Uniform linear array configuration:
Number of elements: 32
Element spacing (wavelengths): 1
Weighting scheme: blackman
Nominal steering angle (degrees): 60
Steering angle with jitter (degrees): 59.191
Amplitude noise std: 0.05
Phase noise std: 0.05

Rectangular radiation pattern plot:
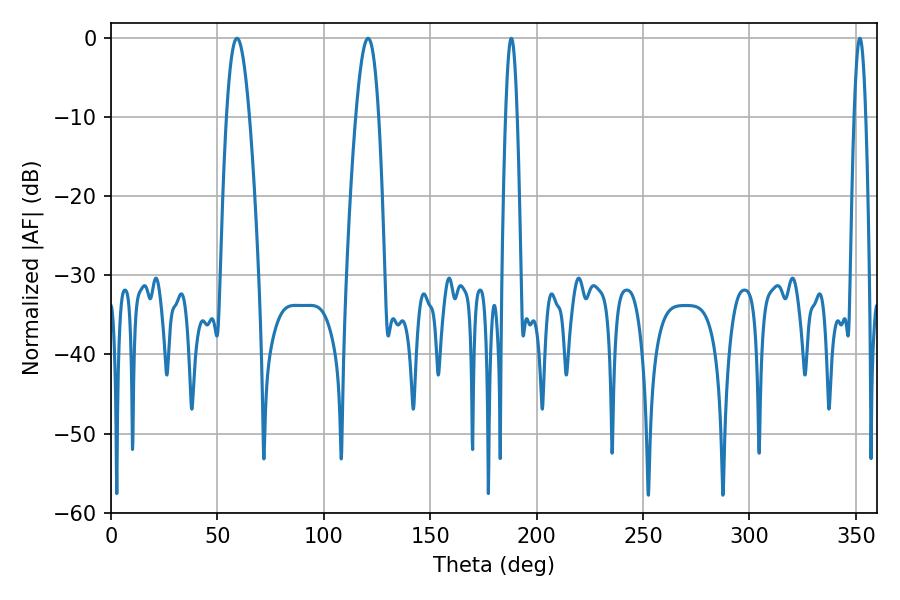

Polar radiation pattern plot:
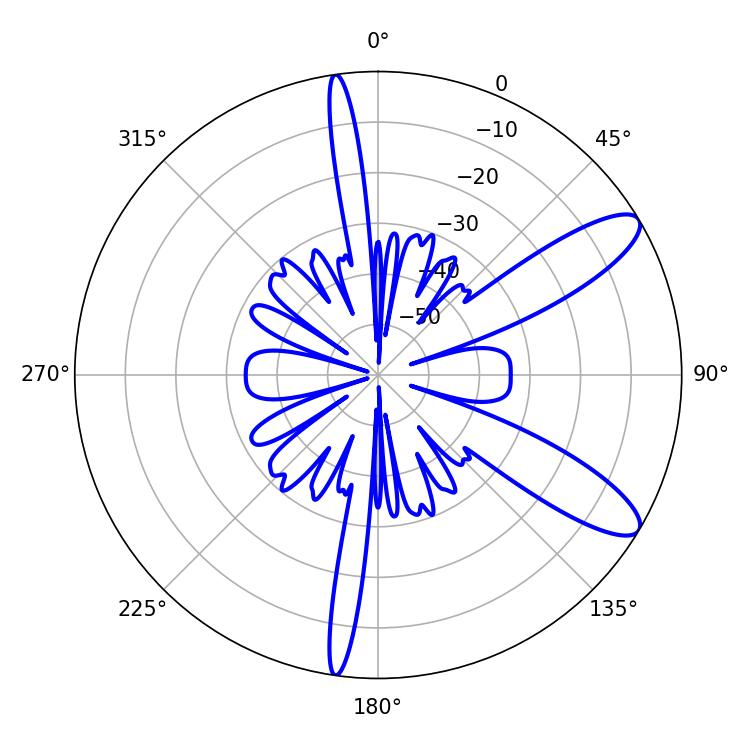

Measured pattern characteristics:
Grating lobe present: TRUE
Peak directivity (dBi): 10.574
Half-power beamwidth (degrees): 2.88
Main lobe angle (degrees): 188.1